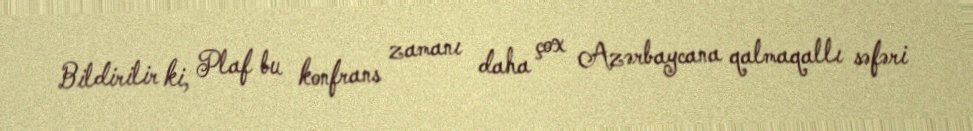
Bildirilir ki, Plaf bu konfrans zamanı daha çox Azərbaycana qalmaqallı səfəri